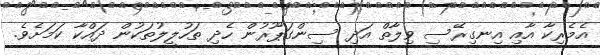
އެމެރިކާ އާއި އިނގިރޭސި ވިލާތް އަދި ސިންގަޕޫރުން ހެދި ތަހުލީލުތަކުން ދައްކާ ކަމަށެވެ.